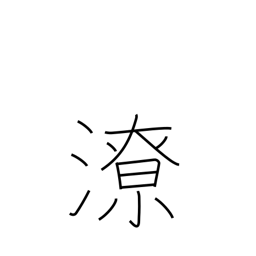
Meaning: runoff